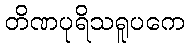
တိဏပုရိသရူပကေ